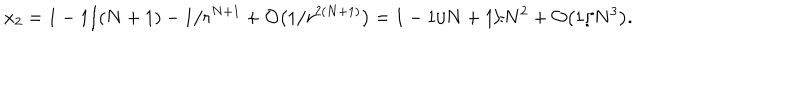
LaTeX: x _ { 2 } = 1 - 1 / ( N + 1 ) - 1 / r ^ { N + 1 } + { \cal O } \bigl ( 1 / r ^ { 2 ( N + 1 ) } \bigr ) = 1 - 1 / N + 1 / N ^ { 2 } + { \cal O } \bigl ( 1 / N ^ { 3 } \bigr ) .